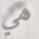
هي